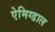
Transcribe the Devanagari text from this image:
ऐमिग्डाल